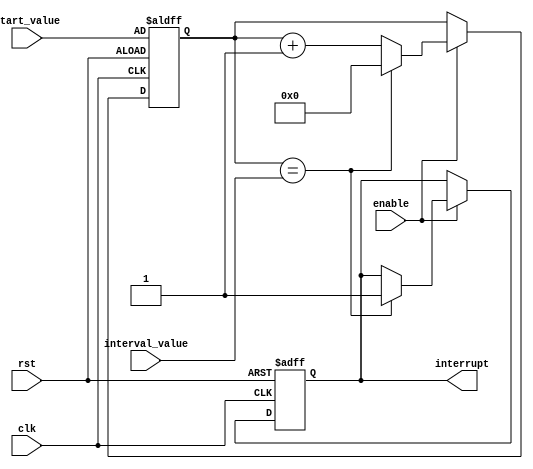
module interval_timer (
    input wire clk,
    input wire rst,
    input wire enable,
    input wire [15:0] start_value,
    input wire [15:0] interval_value,
    output reg interrupt
);

reg [15:0] counter;

always @(posedge clk or posedge rst) begin
    if (rst) begin
        counter <= start_value;
        interrupt <= 0;
    end else if (enable) begin
        if (counter == interval_value) begin
            interrupt <= 1;
            counter <= 0;
        end else begin
            counter <= counter + 1;
        end
    end
end

endmodule